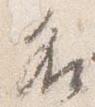
名